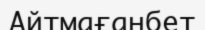
Айтмағанбет